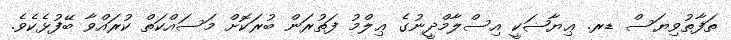
ތަފާތުވިޔަސް ޑރ. ޢިޔާޟަކީ އިސްލާމްދީނުގެ ޢިލްމު ފަތުރަން ބުރަކޮށް މަސައްކަތް ކުރައްވާ ބޭފުޅެކެވެ.